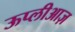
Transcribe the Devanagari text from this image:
ऊप्लीआज़